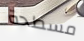
مسطحة